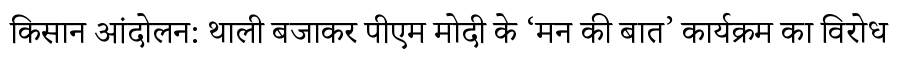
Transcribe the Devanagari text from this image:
किसान आंदोलन: थाली बजाकर पीएम मोदी के ‘मन की बात’ कार्यक्रम का विरोध